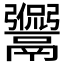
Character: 𩱡